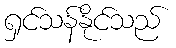
ရှင်သန်နိုင်သည်